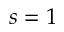
s = 1